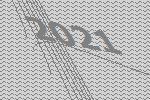
2021